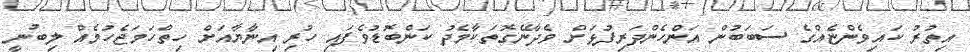
އިތުރު ކައިވެންޏެއްގެ ސަބަބުން އަންހެންދަރިފުޅަށް ވެދާނޭގޮތަކާމެދު ކަންބޮޑުވެފައި ހުރި އިނާޔާއަށް ހިތްހަމަޖެހުމެއް ލިބުނީ